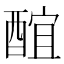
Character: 䣾